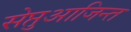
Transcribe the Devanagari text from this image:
सेप्तुआजिन्त